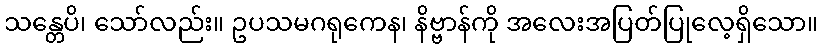
သန္တေပိ၊ သော်လည်း။ ဥပသမဂရုကေန၊ နိဗ္ဗာန်ကို အလေးအပြတ်ပြုလေ့ရှိသော။